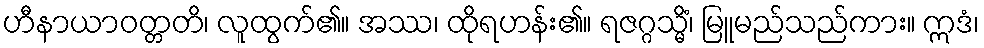
ဟီနာယာဝတ္တတိ၊ လူထွက်၏။ အဿ၊ ထိုရဟန်း၏။ ရဇဂ္ဂသ္မိံ၊ မြူမည်သည်ကား။ ဣဒံ၊